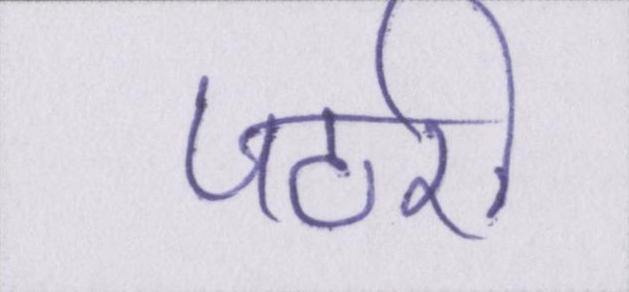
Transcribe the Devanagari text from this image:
पटरी